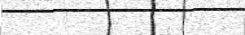
٣٨